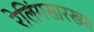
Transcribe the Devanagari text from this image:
रेलिंगसारख्या